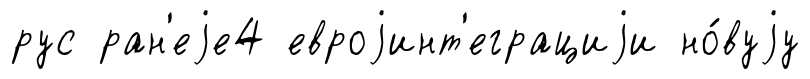
рус ран'еjе4 евроjинт'еграциjи но́вуjу